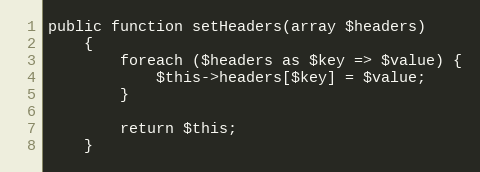
Language: PHP
public function setHeaders(array $headers)
    {
        foreach ($headers as $key => $value) {
            $this->headers[$key] = $value;
        }

        return $this;
    }